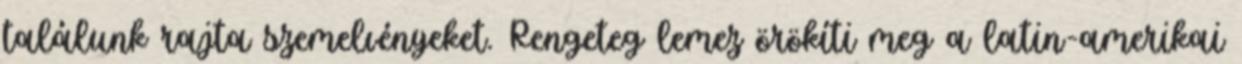
találunk rajta szemelvényeket. Rengeteg lemez örökíti meg a latin-amerikai